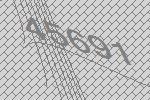
45691